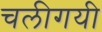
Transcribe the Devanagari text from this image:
चलीगयी